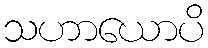
သဟာယောပိ